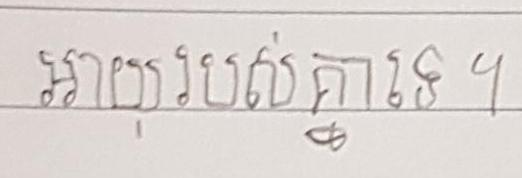
អាយុរបស់គ្នាទេ ។